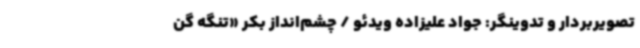
تصویربردار و تدوینگر: جواد علیزاده ویدئو / چشم‌انداز بکر «تنگه گن